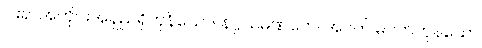
ငါးရာအတိုင်းအရှည်ရှိကုန်သော။ နဂ္ဂသမဏကေ၊ အဝတ် မဝတ်ကုန်သော